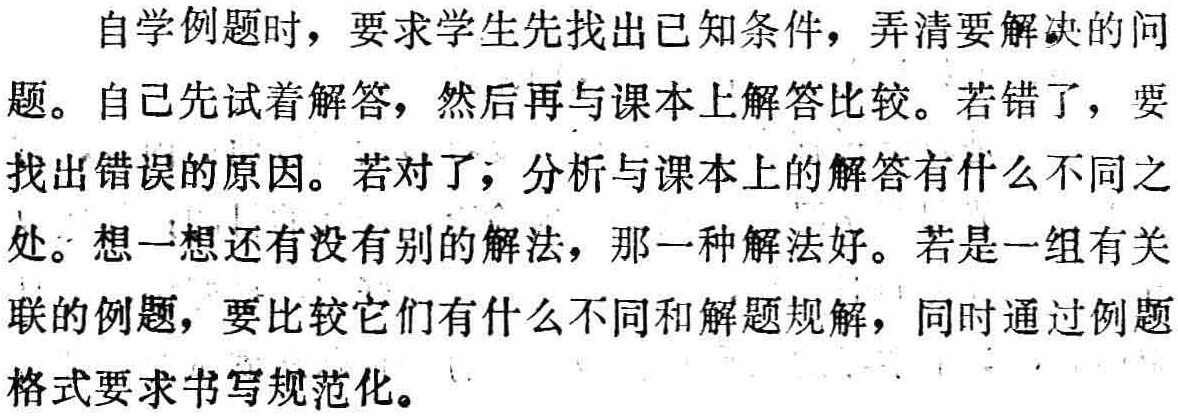
自学例题时，要求学生先找出已知条件，弄清要解决的问题。自己先试着解答，然后再与课本上解答比较。若错了，要找出错误的原因。若对了，分析与课本上的解答有什么不同之处。想一想还有没有别的解法，那一种解法好。若是一组有关联的例题，要比较它们有什么不同和解题规解，同时通过例题格式要求书写规范化。